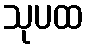
သုပထ